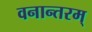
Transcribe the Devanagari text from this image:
वनान्तरम्